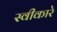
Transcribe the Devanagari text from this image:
स्‍वीकारे